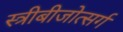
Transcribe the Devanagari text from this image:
स्त्रीबीजोत्सर्ग